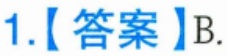
1.【答案】B.